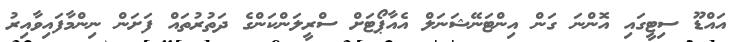
އައްޑޫ ސިޓީގައި އޮންނަ ގަން އިންޓަނޭޝަނަލް އެއާޕޯޓަށް ސްރީލަންކަންގެ ދަތުރުތައް ފަށަން ނިންމާފައިވާއިރު